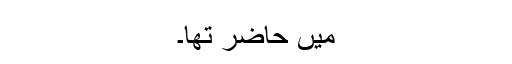
میں حاضر تھا۔